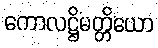
ကောလဋ္ဌိမတ္တိယော